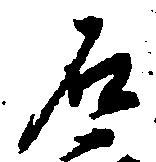
石